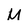
Character: M